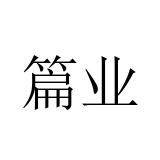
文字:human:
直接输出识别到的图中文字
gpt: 篇业